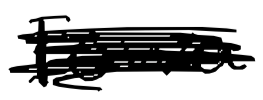
Text: Iowa
Cross-out: scratch
Writing tool: digital_black